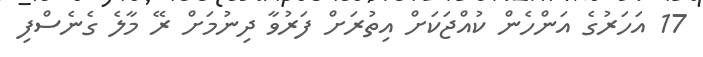
17 އަހަރުގެ އަންހެން ކުއްޖަކަށް އިތުރަށް ފަރުވާ ދިނުމަށް ރޭ މާލެ ގެނެސްފި